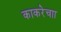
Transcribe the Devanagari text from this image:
काकरेचाा